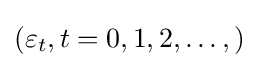
(\varepsilon _{t},t=0,1,2,\ldots ,)